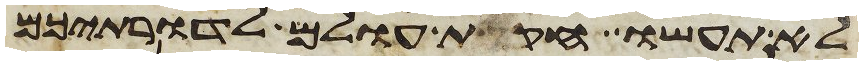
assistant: לא תעשו חקות עולם לדרתיכם